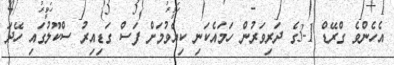
އެހެންވެ ގްރޭޑް 1-3ގެ ދަރިވަރުން ހަމައެކަނި ކިޔެވުމަށް ފަސް ގަޑިއިރު ސްކޫލުގައި ހޭދަ